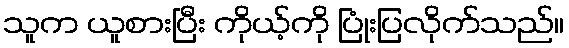
သူက ယူစားပြီး ကိုယ့်ကို ပြုံးပြလိုက်သည်။